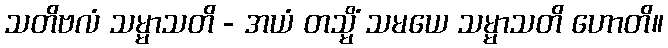
သတိဗလံ သမ္မာသတိ - အယံ တသ္မိံ သမယေ သမ္မာသတိ ဟောတိ။